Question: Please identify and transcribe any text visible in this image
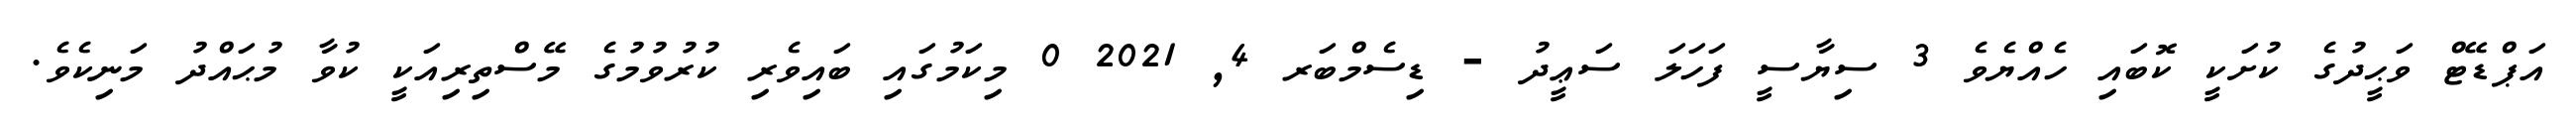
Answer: އަޕްޑޭޓް ވަޙީދުގެ ކުށަކީ ކޮބައި ހެއްޔެވެ 3 ސިޔާސީ ފަހަލަ ސަޢީދު - ޑިސެމްބަރ 4, 2021 0 މިކަމުގައި ބައިވެރި ކުރުވުމުގެ މޭސްތިރިއަކީ ކުވާ މުޙައްދު މަނިކެވެ.